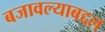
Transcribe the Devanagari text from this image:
बजावल्याबद्दल